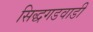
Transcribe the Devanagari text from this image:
सिद्धगडवाडी